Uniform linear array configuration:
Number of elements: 16
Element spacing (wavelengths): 1
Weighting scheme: hann
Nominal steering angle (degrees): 0
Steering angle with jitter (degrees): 1.668
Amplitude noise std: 0.05
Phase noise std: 0.05

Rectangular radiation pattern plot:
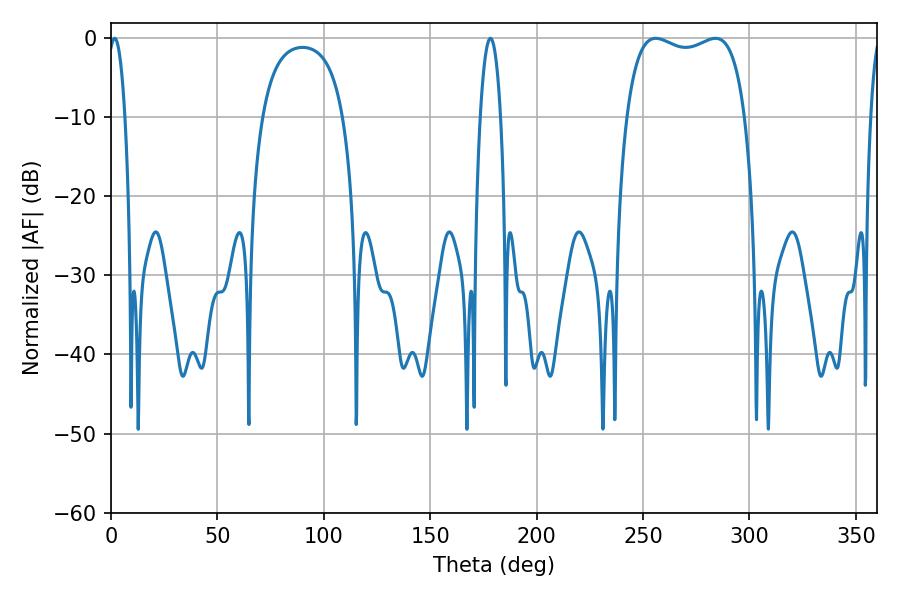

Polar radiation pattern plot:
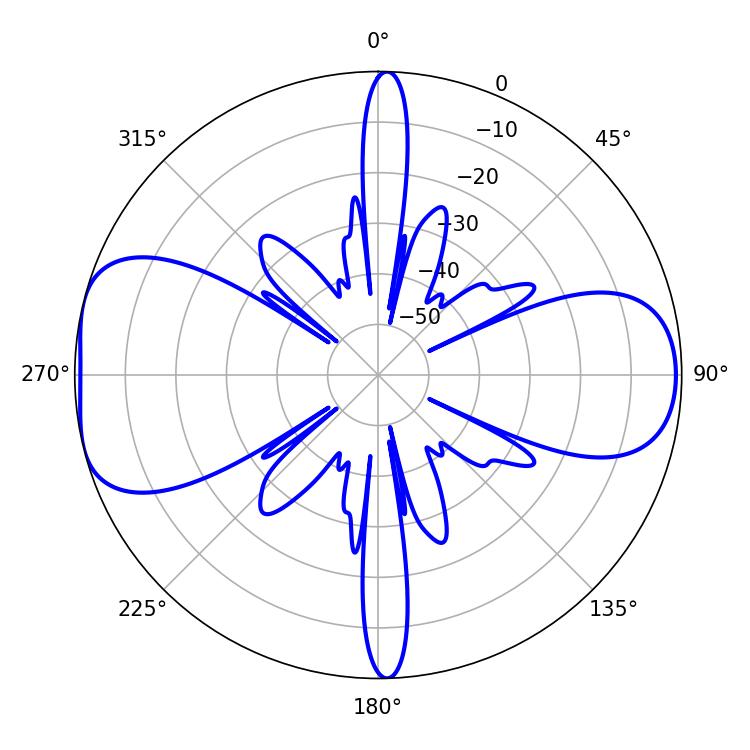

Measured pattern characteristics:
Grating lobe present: TRUE
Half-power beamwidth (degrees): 45.36
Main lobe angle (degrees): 255.96